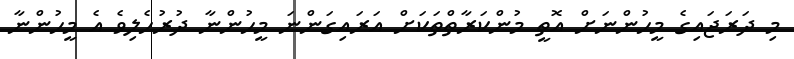
މި ދަރަޖައިގެ މީހުންނަށް އޮތީ މުންކަރާތްތަކަށް އަރައިގަންނަ މީހުންނާ ދުރުހެލިވެ އެ މީހުންނާ